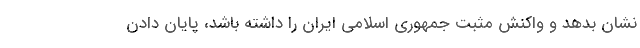
نشان بدهد و واکنش مثبت جمهوری اسلامی ایران را داشته باشد، پایان دادن